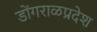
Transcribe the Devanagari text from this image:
डोंगराळप्रदेश